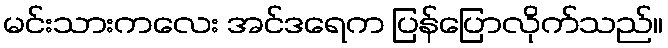
မင်းသားကလေး အင်ဒရေက ပြန်ပြောလိုက်သည်။